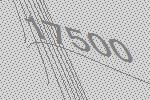
17500